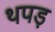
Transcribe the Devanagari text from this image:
थपड़